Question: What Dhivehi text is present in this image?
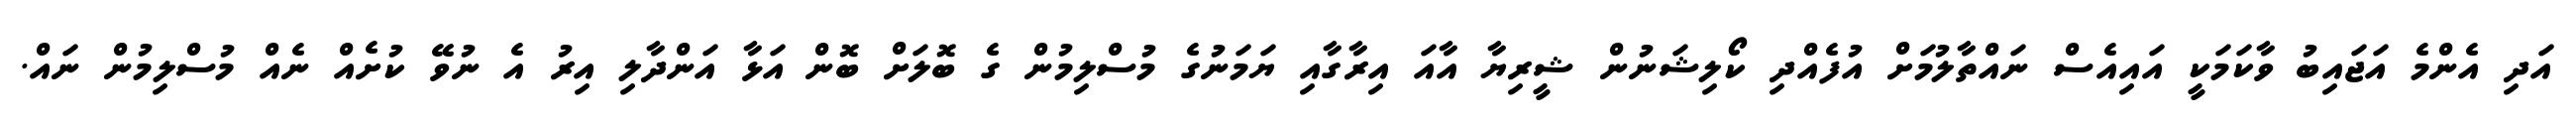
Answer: އަދި އެންމެ އަޖައިބު ވާކަމަކީ އައިއެސް ނައްތާލުމަށް އުފެއްދި ކޯލިޝަނުން ޝީރިޔާ އާއަ އިރާގާއި ޔަމަނުގެ މުސްލިމުން ގެ ބޮލަށް ބޮން އަޅާ އަންދާލި އިރު އެ ނުވޭ ކުށެއް ނެއް މުސްލިމުން ނައް.